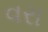
વરા